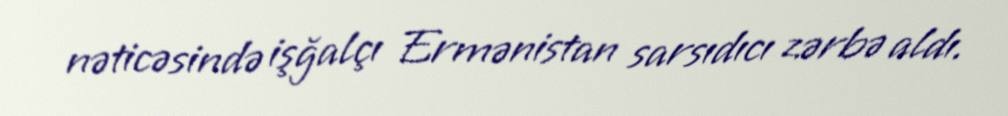
nəticəsində işğalçı Ermənistan sarsıdıcı zərbə aldı.